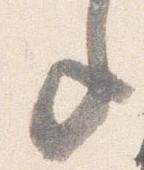
年